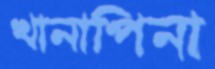
খানাপিনা